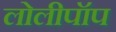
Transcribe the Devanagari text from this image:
लोलीपॉप